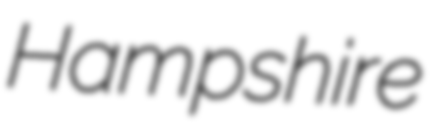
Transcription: Hampshire